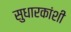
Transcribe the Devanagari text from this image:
सुधारकांशी